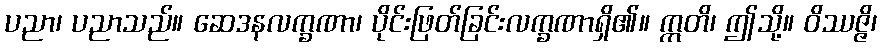
ပညာ၊ ပညာသည်။ ဆေဒနလက္ခဏာ၊ ပိုင်းဖြတ်ခြင်းလက္ခဏာရှိ၏။ ဣတိ၊ ဤသို့။ ဝိဿဇ္ဇိ၊